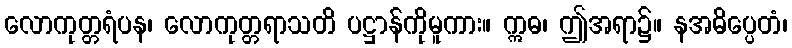
လောကုတ္တရံပန၊ လောကုတ္တရာသတိ ပဋ္ဌာန်ကိုမူကား။ ဣဓ၊ ဤအရာ၌။ နအဓိပ္ပေတံ၊